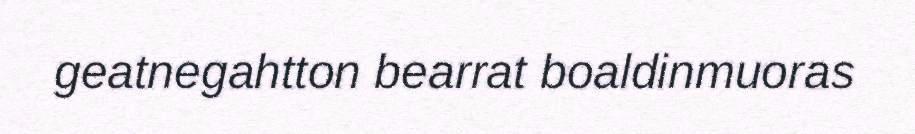
geatnegahtton bearrat boaldinmuoras